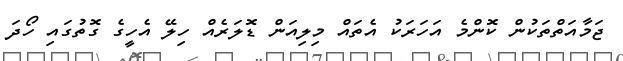
ޖަމާއަތްތަކުން ކޮންމެ އަހަރަކު އެތައް މިލިއަން ޑޮލަރެއް ހިލޭ އެހީގެ ގޮތުގައި ހޯދަ